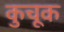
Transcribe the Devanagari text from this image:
कुचूक